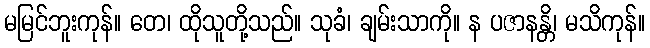
မမြင်ဘူးကုန်။ တေ၊ ထိုသူတို့သည်။ သုခံ၊ ချမ်းသာကို။ န ပဇာနန္တိ၊ မသိကုန်။